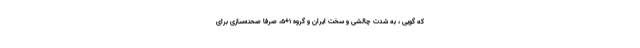
که گویی ،‌ به شدت چالشی و سخت ایران و گروه 1+5، صرفا صحنه‌سازی برای